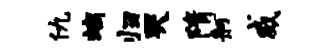
仇螭归哭隋舸威